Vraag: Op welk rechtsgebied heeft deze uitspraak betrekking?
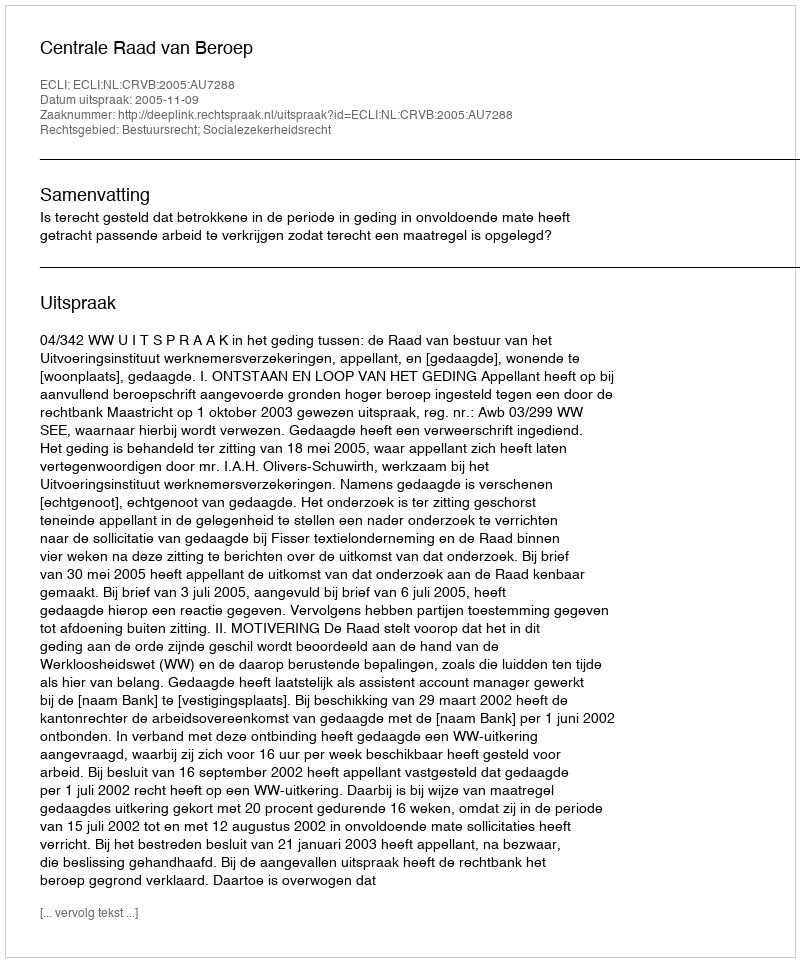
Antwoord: Bestuursrecht; Socialezekerheidsrecht